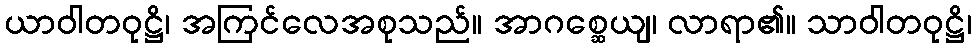
ယာဝါတဝုဋ္ဌိ၊ အကြင်လေအစုသည်။ အာဂစ္ဆေယျ၊ လာရာ၏။ သာဝါတဝုဋ္ဌိ၊